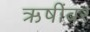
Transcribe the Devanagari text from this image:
ऋषींवर